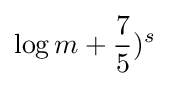
\log m+{\frac {7}{5}})^{s}